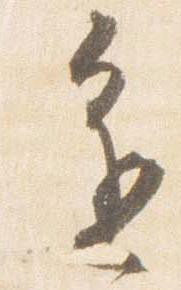
進